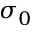
\sigma _ { 0 }